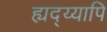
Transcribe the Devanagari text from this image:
ह्यद्य्यापि